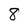
Character: 8